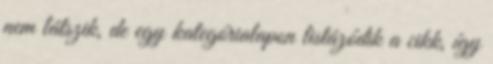
nem látszik, de egy kategórialapon listázódik a cikk, így